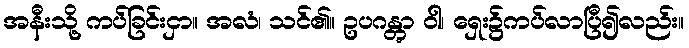
အနီးသို့ ကပ်ခြင်းငှာ။ အလံ၊ သင်၏။ ဥပဂန္တွာ ဝါ၊ ရှေး၌ကပ်လာပြီ၍လည်း။